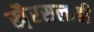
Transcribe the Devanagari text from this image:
खै़रसलाही